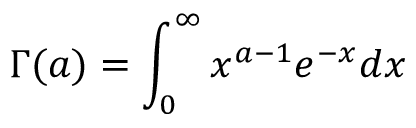
\Gamma ( a ) = \int _ { 0 } ^ { \infty } x ^ { a - 1 } e ^ { - x } d x